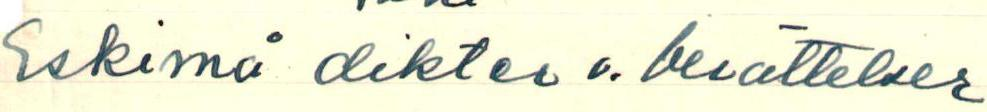
iskimä diktev 6. berättelser